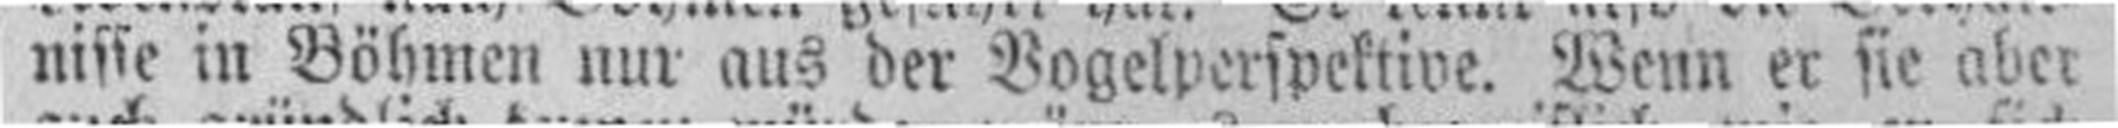
nisse in Böhmen nur aus der Vogelperspektive. Wenn er sie aber